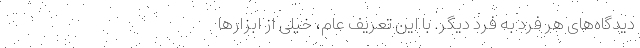
دیدگاه‌های هر فرد به فرد دیگر. با این تعریف عام، خیلی از ابزار‌ها